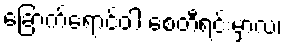
ခြောက်ရောင်ဝါ စေတီရင်းမှာလ၊